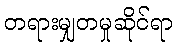
တရားမျှတမှုဆိုင်ရာ